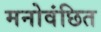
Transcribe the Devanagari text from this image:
मनोवंछित